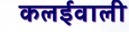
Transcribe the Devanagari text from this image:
कलईवाली